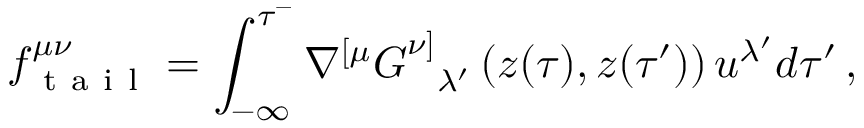
f _ { \mathrm { ~ t ~ a ~ i ~ l ~ } } ^ { \mu \nu } = \int _ { - \infty } ^ { \tau ^ { - } } \nabla ^ { [ \mu } G _ { \ \ \lambda ^ { \prime } } ^ { \nu ] } \left( z ( \tau ) , z ( \tau ^ { \prime } ) \right) u ^ { \lambda ^ { \prime } } d \tau ^ { \prime } \, ,